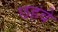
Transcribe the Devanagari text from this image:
छहवे